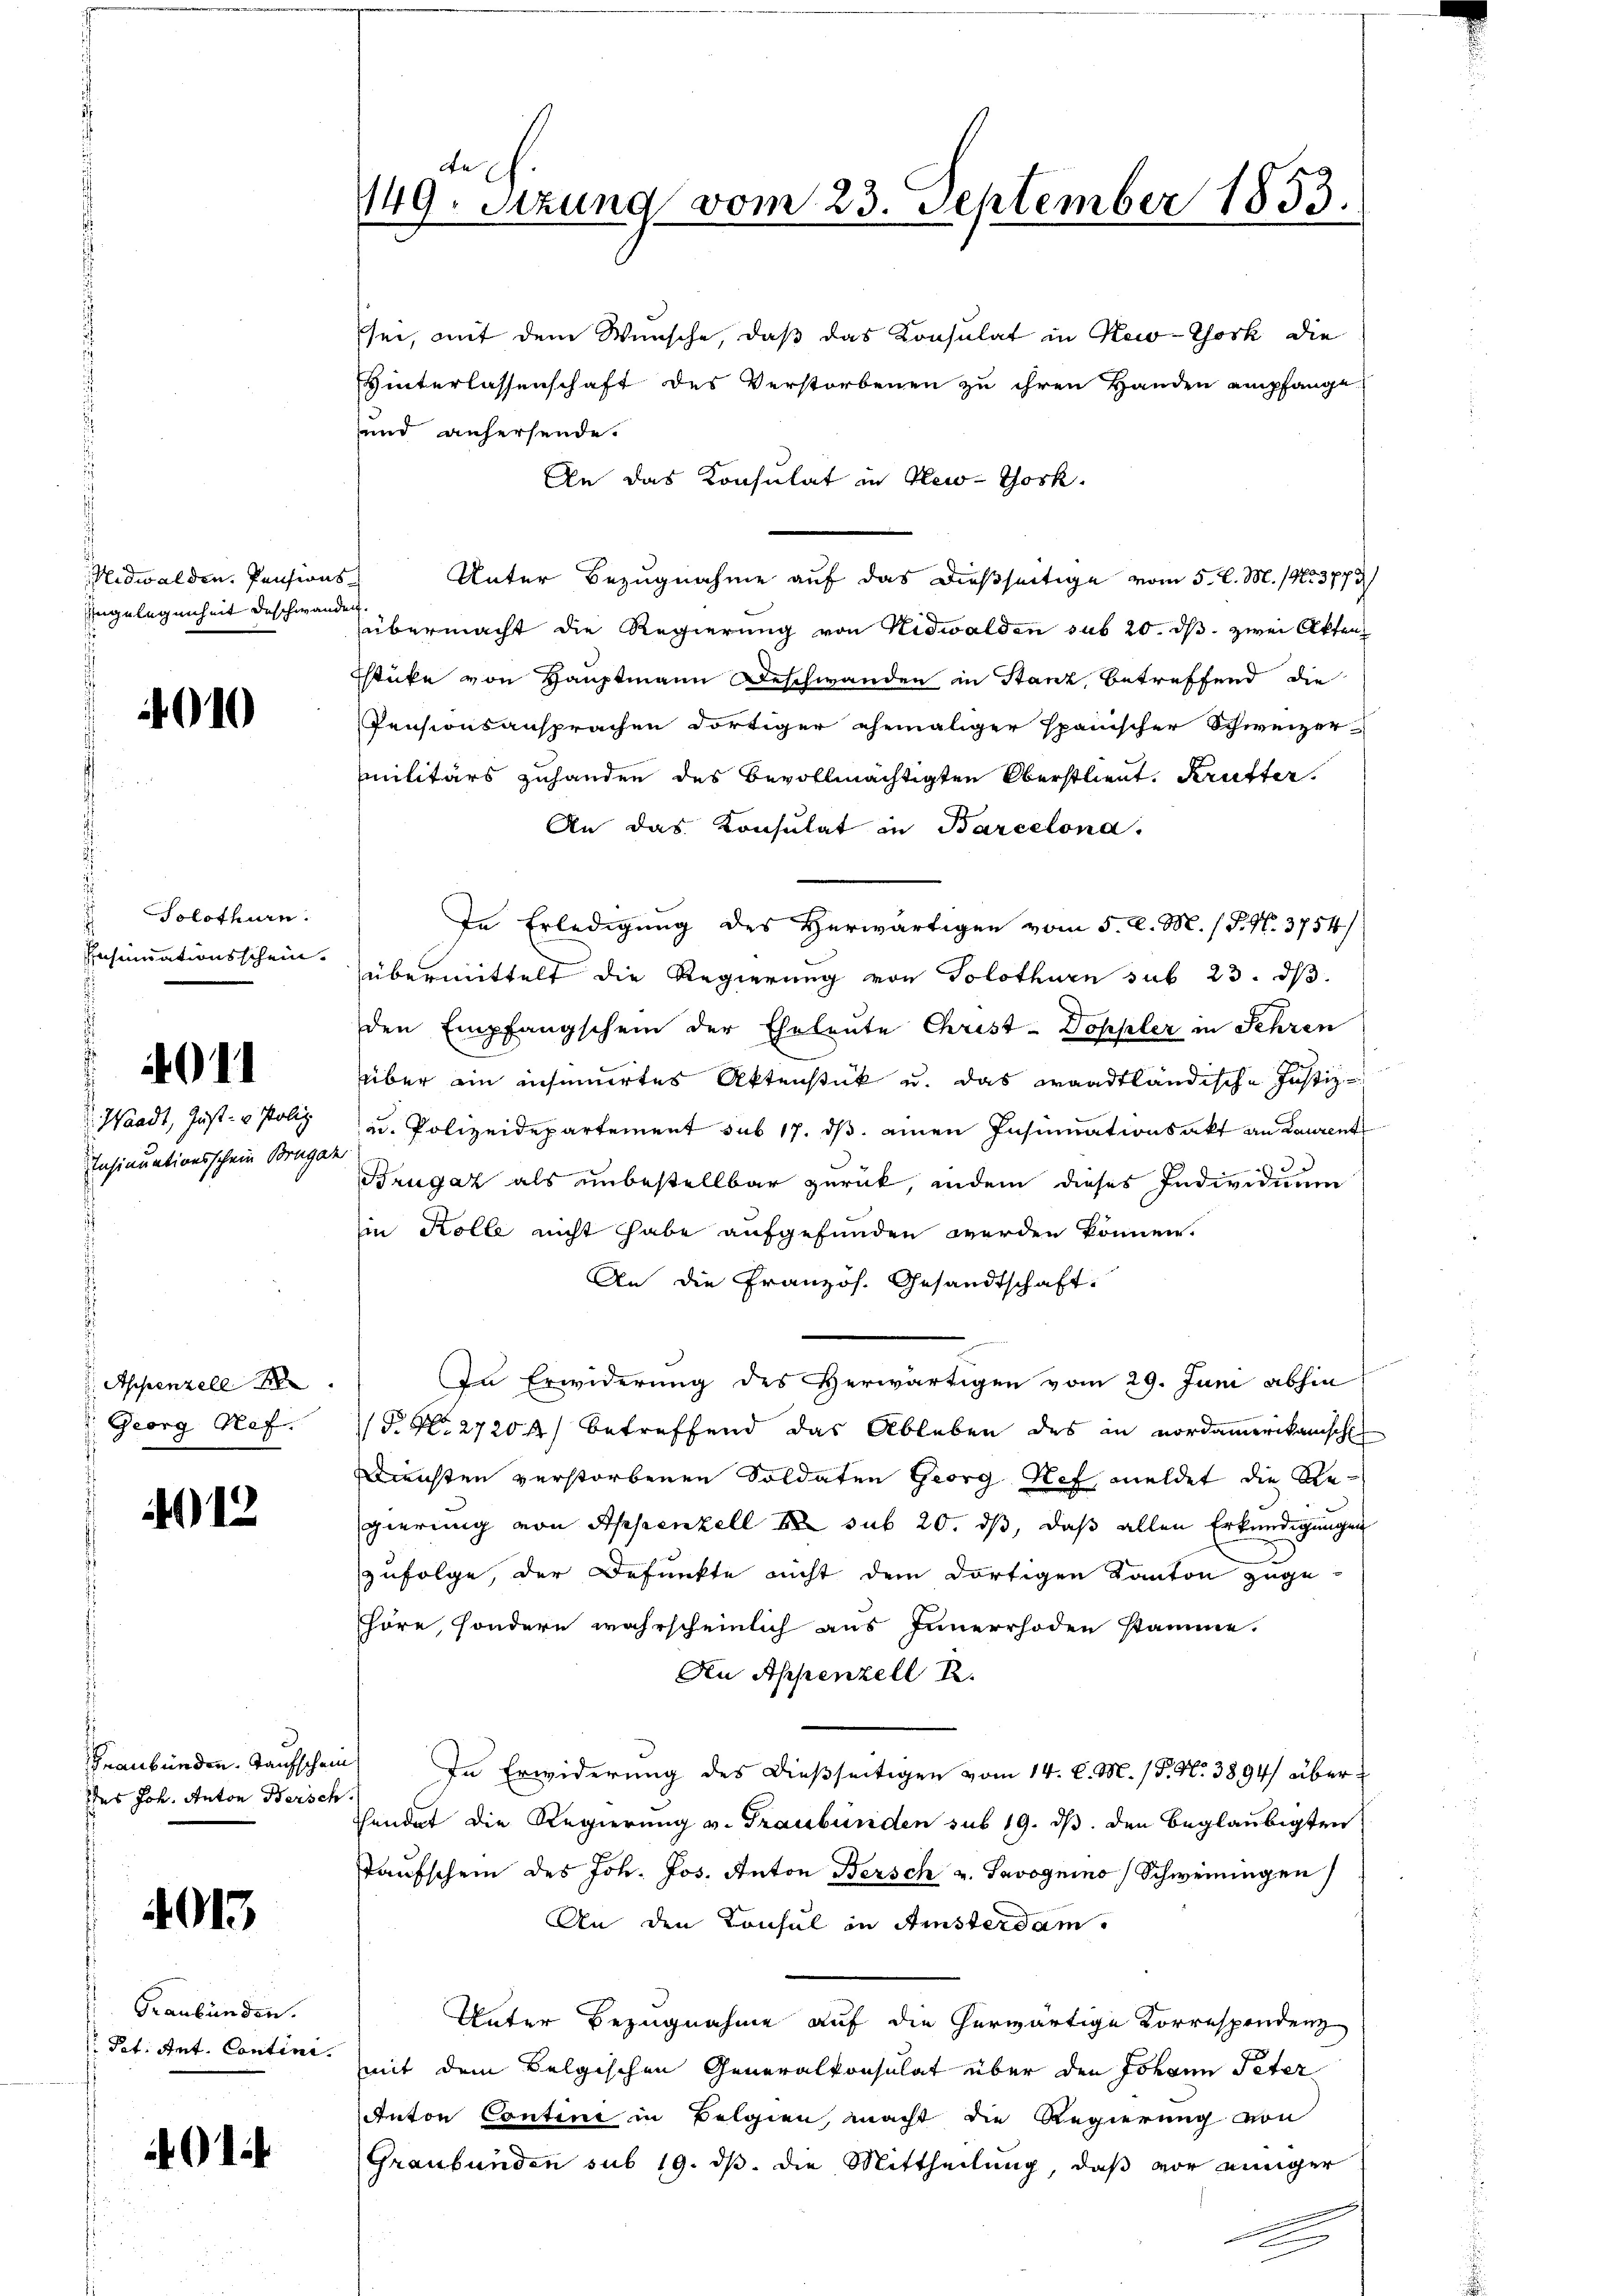
Nidwalden. Pensions-
Engelegenheit beschwanden

010

solothurn.
Insinuationsschein.

4011

Waadt, Just- u. Poliz
Insinuationsschein Brigaz

Appenzell
Georg Ref.

012

.
des Joh. Anton Bersch.

4015

Graubünden.
Pet. Ant. Contini.

401

sei, mit dem Wünsche, daß das Konsulat in New-York die
Hinterlassenschaft des Verstorbenen zu ihren Handen empfange
und anhersende.
An das Konsulat in New-York
Unter Bezugnahme auf das dießseitige vom 5. l. M. (N. 3773
übermacht die Regierung von Nidwalden sub 20. ds. zwei Akten
stücke von Hauptmann Beschwanden in Stanz, betreffend die
Pensionsansprachen dortiger ehemaliger Spanischer Schweizer
militärs zuhanden des Bevollmächtigten Oberstlieut. Krutter.
An das Konsulat in Barcelona.
In Erledigung des Herwärtigen vom 5. d. M. / P. N. 3754/
übermittelt die Regierung von Solothurn sub 23. ds.
den Empfangschein der Eheleute Christ-Doppler in Sehren
über ein insunertes Aktenstück u. das waadtländische Justiz-
u. Polizeidepartement sub 17. dβ einen Insinuationsakt an Laurent

Brugat als unbestellbar zurück, indem dieses Individuum
in Kolle nicht habe aufgefunden werden können.
An die Französ. Gesandtschaft.
In Erwiderung des Herwärtigen vom 29. Juni abhin
P. Nr. 27200) betreffend das Ableben des in nordamerikanische
Diensten verstorbenen Soldaten Georg Hef, meldet die Regierung von Appenzell er sub 20. ds, daß allen Erkundigungen
zufolge, der Defunkte nicht dem dortigen Kanton zuge-
hhöre, sondern wahrscheinlich aus Innerrhoden stamme.
An Appenzell R.
Graubünden Taufschein. In Erwiderung des dießseitigen vom 14. d. M. / P. Nr. 3894/ über¬
Thendet die Regierung v. Graubünden sub 19. ds. den beglaubigten
Taufschein des Joh. Jos. Anton Bersch v. Savognino Schweiningen
An den Konsul in Amsterdam.
Unter Bezugnahme auf die herwärtige Korrespondenz
77
mit dem Belgischen Generalkonsulat über den Johann Peter
Anton Contini in Belgien, macht die Regierung von
Graubünden sub 19. ds. die Mittheilung, daß vor einiger
.

de
149. Setzung vom 23. September 1853.